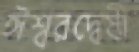
ঈশ্বরদ্বেষী